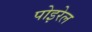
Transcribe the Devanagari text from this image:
पोइरेल